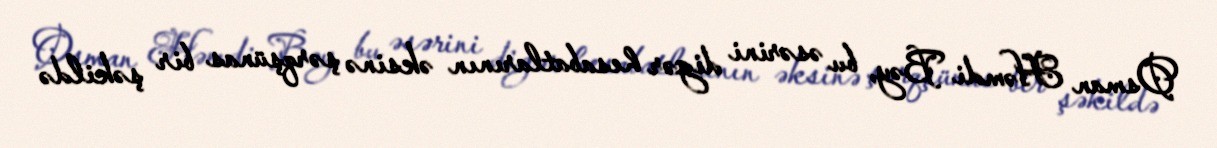
Osman Həmdi Bəy, bu əsərini digər hesabatlarının əksinə şərqşünas bir şəkildə